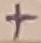
Text: +